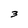
Character: 3